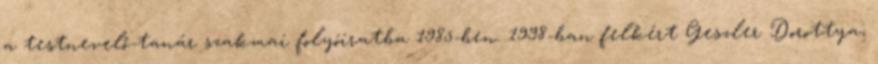
a testnevelő-tanár szakmai folyóiratba 1985-ben. 1998-ban felkért Geszler Dorottya,